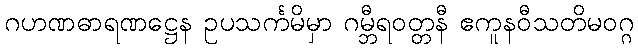
ဂဟဏဓာရဏဋ္ဌေန ဥပသင်္ကမိမှာ ဂမ္ဘီရဝတ္တနီ ဧကူနဝီသတိမဝဂ္ဂ